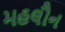
મહલૌન